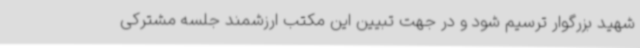
شهید بزرگوار ترسیم شود و در جهت تبیین این مکتب ارزشمند جلسه مشترکی